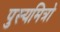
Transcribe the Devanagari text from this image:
पुस्यमित्रो